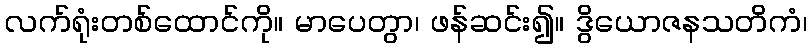
လက်ရုံးတစ်ထောင်ကို။ မာပေတွာ၊ ဖန်ဆင်း၍။ ဒွိယောဇနသတိကံ၊